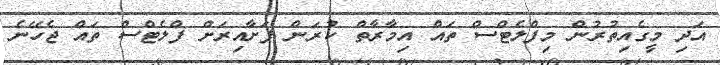
އަދި މީގެއިތުރުން މިފްލެޓްސް ތައް އިމާރާތް ކުރަން ފަށާއިރަށް ފްލެޓްސް ތައް ޖެހޭނެ